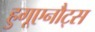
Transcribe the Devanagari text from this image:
हुगूएनौट्स